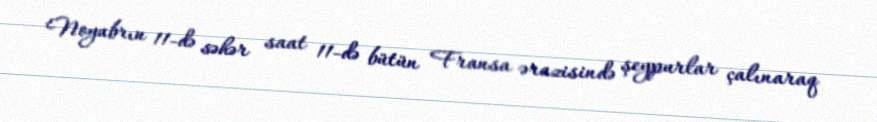
Noyabrın 11-də səhər saat 11-də bütün Fransa ərazisində şeypurlar çalınaraq